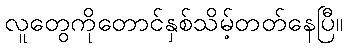
လူတွေကိုတောင်နှစ်သိမ့်တတ်နေပြီ။